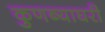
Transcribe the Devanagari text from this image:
कुणब्याघरी